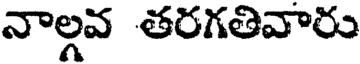
నాల్గవ తరగతివారు